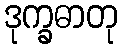
ဒုက္ခဓာတု